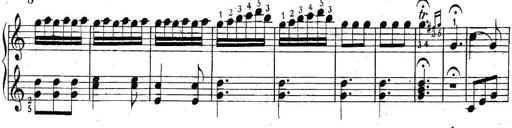
Title: 6 Easy Sonatinas
Composer: Carl Czerny